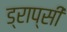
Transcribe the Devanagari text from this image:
ड्राप्सी